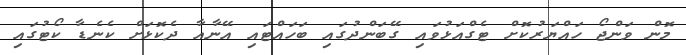
މޮން ވަންޖޯ ހައްޔަރުކޮށް ޓެގްއަޅުވައި ގޭބަންދުގައި ބަހައްޓައި އޭނާއާ ދެކޮޅަށް ކެނެޑާ ކޯޓުގައި